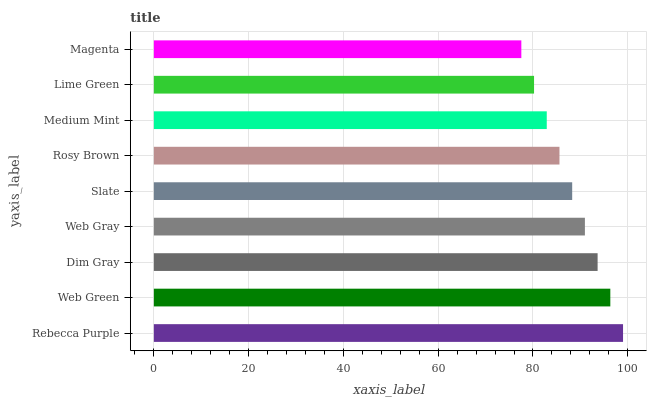
| yaxis_label | bars |
 | --- | --- |
 | Rebecca Purple | 99 |
 | Web Green | 96.3 |
 | Dim Gray | 93.6 |
 | Web Gray | 91 |
 | Slate | 88.3 |
 | Rosy Brown | 85.6 |
 | Medium Mint | 82.9 |
 | Lime Green | 80.2 |
 | Magenta | 77.5 |